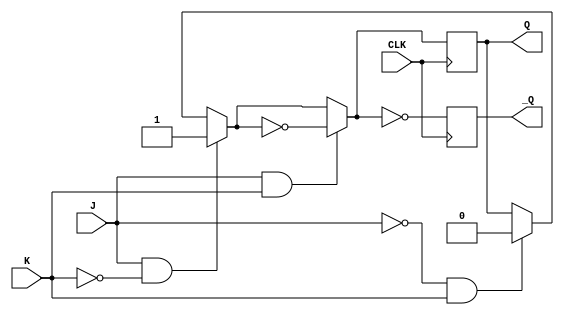
module JK_FF(J, K, Q, _Q, CLK) ; // positive edge
    input J, K ;
    input CLK ;
    output reg Q, _Q ;
    always @ (posedge CLK)
    begin
        if(J == 0 & K == 1) Q = 0 ;
        if(J == 1 & K == 0) Q = 1 ;
        if(J == 1 & K == 1) Q = ~Q ;
        _Q = ~Q ;
    end
endmodule

module BCSR(pre, IN, LED, CLK) ;
    input pre ;
    input CLK ;
    input [3:0] IN ;
    output [3:0] LED ;
    wire [3:0] Q ;
    wire [3:0] _Q ;
    reg[3:0] temp ;
    always @ (negedge CLK)
    begin
        temp = Q ;
        if(pre) temp = IN ;
    end
    JK_FF JK0(temp[3], ~temp[3], Q[0], _Q[0], CLK) ;
    JK_FF JK1(temp[0], ~temp[0], Q[1], _Q[1], CLK) ;
    JK_FF JK2(temp[1], ~temp[1], Q[2], _Q[2], CLK) ;
    JK_FF JK3(temp[2], ~temp[2], Q[3], _Q[3], CLK) ;
    assign LED = temp ;
endmodule